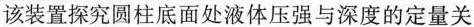
该装置探究圆柱底面处液体压强与深度的定量关